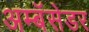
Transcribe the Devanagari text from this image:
अम्बॅसेडर